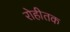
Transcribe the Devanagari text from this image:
रोहीतक